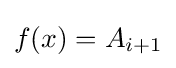
f(x)=A_{i+1}